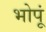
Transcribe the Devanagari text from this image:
भोपूं